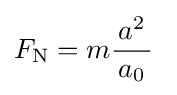
F_{\text{N}}=m{\frac {\,a^{2}\,}{\,a_{0}\,}}~